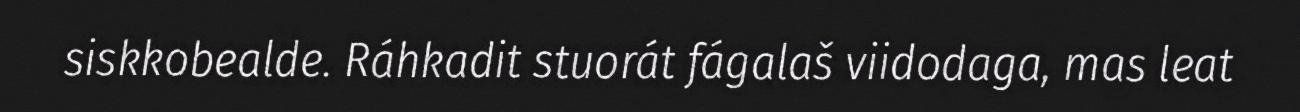
siskkobealde. Ráhkadit stuorát fágalaš viidodaga, mas leat